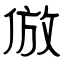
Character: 倣